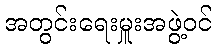
အတွင်းရေးမှူးအဖွဲ့ဝင်